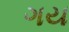
ગય